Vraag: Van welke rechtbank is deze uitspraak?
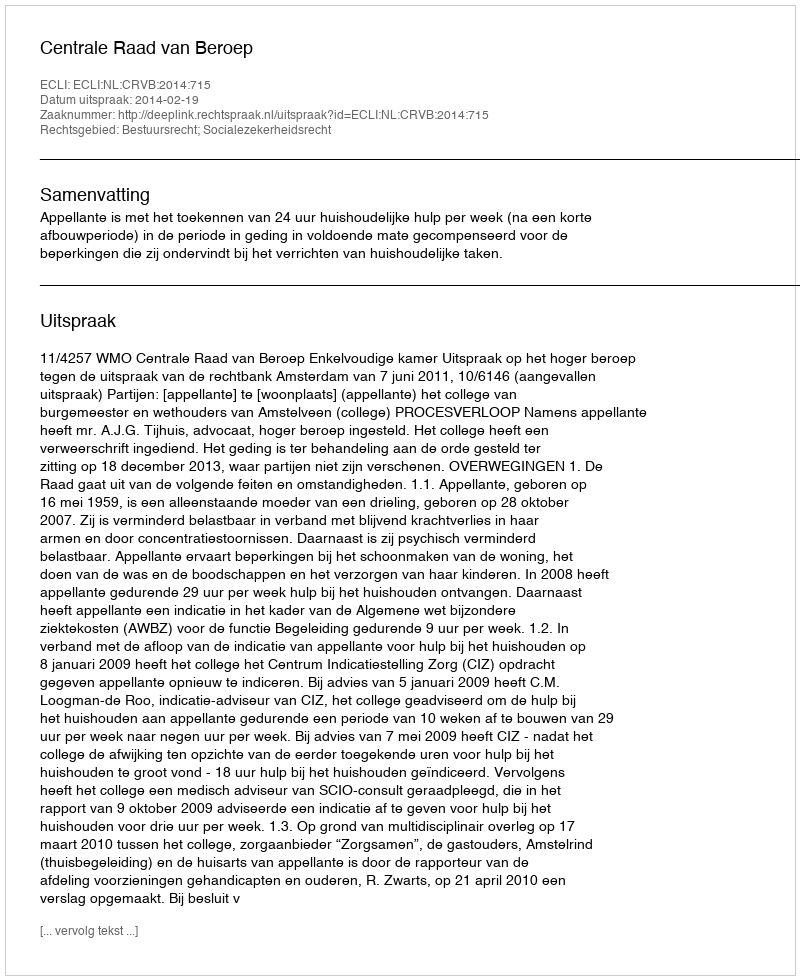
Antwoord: Centrale Raad van Beroep